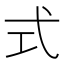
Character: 式